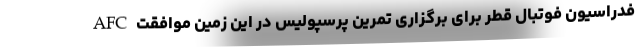
AFC فدراسیون فوتبال قطر برای برگزاری تمرین پرسپولیس در این زمین موافقت